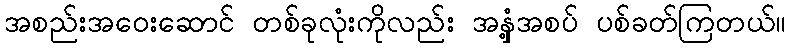
အစည်းအဝေးဆောင် တစ်ခုလုံးကိုလည်း အနှံ့အစပ် ပစ်ခတ်ကြတယ်။